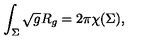
\int _ { \Sigma } \sqrt g R _ { g } = 2 \pi \chi ( \Sigma ) ,